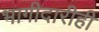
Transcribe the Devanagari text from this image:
भागीदारीही